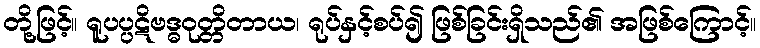
တို့ဖြင့်။ ရူပပ္ပဋိဗဒ္ဓဝုတ္တိတာယ၊ ရုပ်နှင့်စပ်၍ ဖြစ်ခြင်းရှိသည်၏ အဖြစ်ကြောင့်။